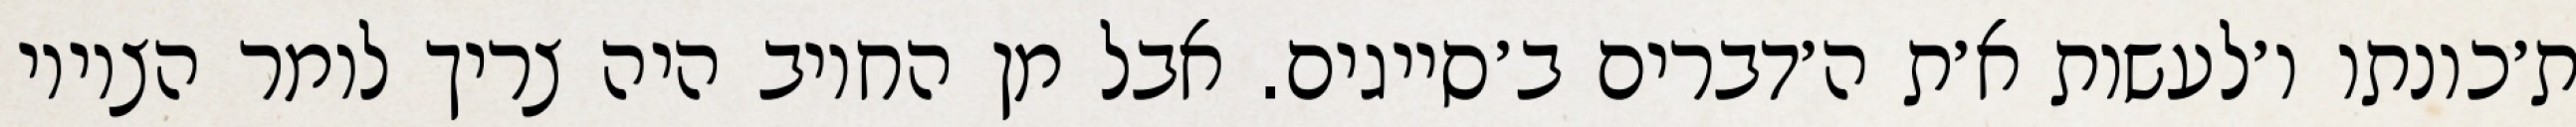
ת׳כונתו ו׳לעשות א׳ת ה׳דברים ב׳סייגים. אבל מן החיוב היה צריך לומר הציווי